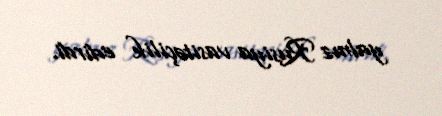
yalnız Rusiya vasitəçilik edirdi.